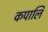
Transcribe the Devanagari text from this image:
कपालि